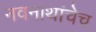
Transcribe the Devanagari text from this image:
नवनाथांचेच